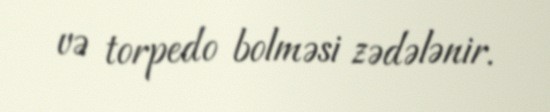
və torpedo bolməsi zədələnir.